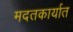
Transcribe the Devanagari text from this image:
मदतकार्यात